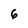
Character: 6